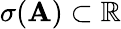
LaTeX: \sigma(\mathbf{A})\subset\mathbb{{R}}